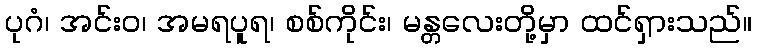
ပုဂံ၊ အင်းဝ၊ အမရပူရ၊ စစ်ကိုင်း၊ မန္တလေးတို့မှာ ထင်ရှားသည်။